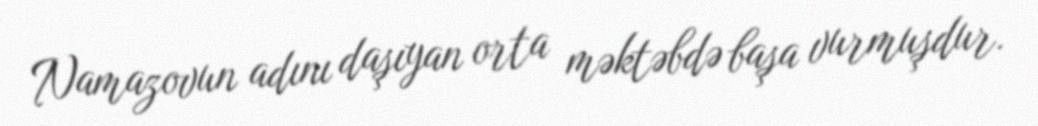
Namazovun adını daşıyan orta məktəbdə başa vurmuşdur.